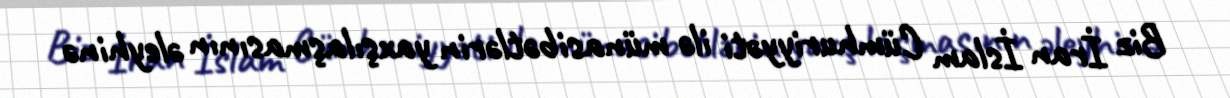
Biz İran İslam Cümhuriyyəti ilə münasibətlərin yaxşılaşmasının əleyhinə